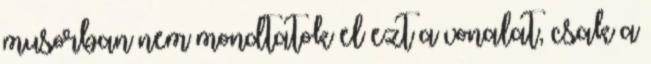
musorban nem mondtatok el ezt a vonalat, csak a